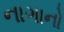
નાગાનો